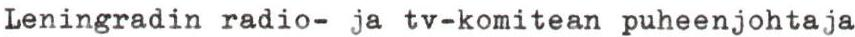
Leningradin radio- ja tv-komitean puheenjohtaja